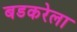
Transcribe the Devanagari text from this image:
बडकरेला